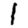
Digit: 1